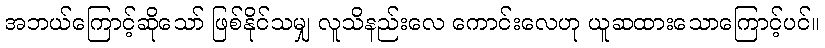
အဘယ်ကြောင့်ဆိုသော် ဖြစ်နိုင်သမျှ လူသိနည်းလေ ကောင်းလေဟု ယူဆထားသောကြောင့်ပင်။